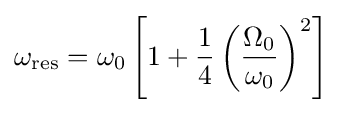
\omega _{\mathrm {res} }=\omega _{0}\left[1+{\frac {1}{4}}\left({\frac {\Omega _{0}}{\omega _{0}}}\right)^{2}\right]